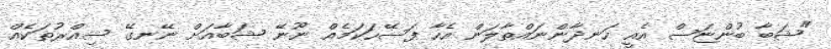
"ޝަބާ ބުންޏަސް އެއީ ހަނދާންނައްތާލަން އެހާ ފަސޭހަކަމެއް ނޫނޭ ޝަބާއަށް ނޭނގޭ ސިއްރުތަކެއް